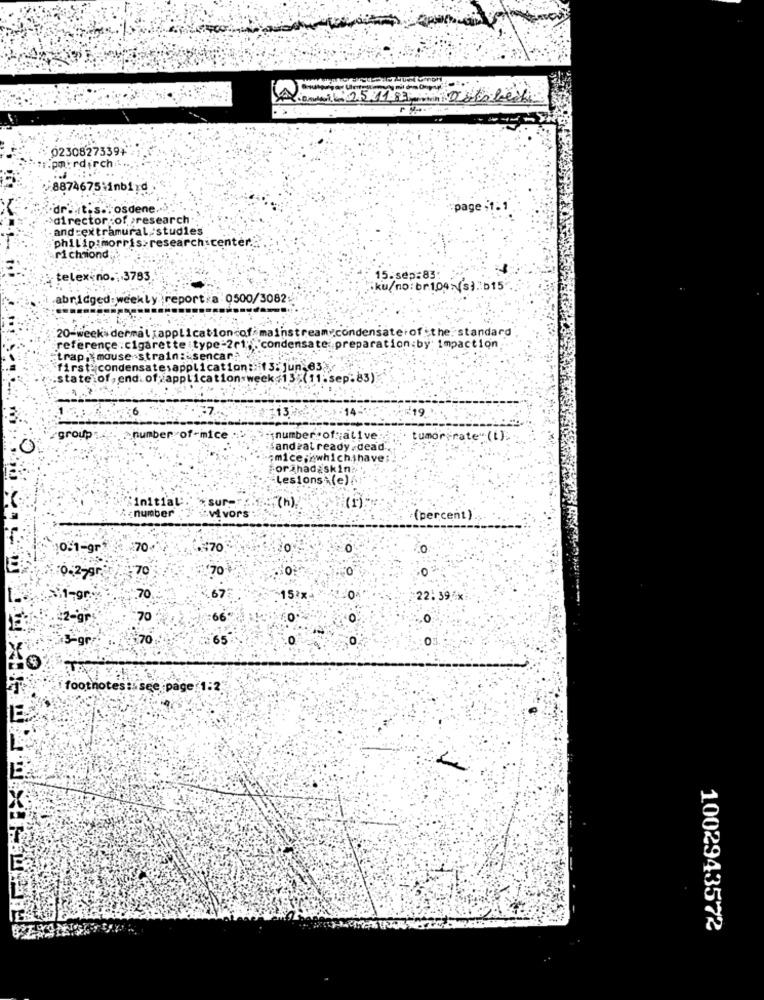
0230827339+
.pmirdirch
8874675:imbird
r .. t.s. ; osdene ..
page ;1. 1
:director :of. >research.
and extramural studies
philip morris>research center.
richmond;
telex-no .: 3783
15-sep:83
ku/no: br1047(s). 015
abridged: weekly report. a.0500/3082
20-week dermal ;applicationcof mainstream condensate.of the. standard
reference : cigarette type =2r1" , condensate: preparation.by impaction
trap, mouse strain: sencara 7:
first: condensatesapplication :: 13: jun.63;
.state of, end. of application week 135(11.sep:83)
13
group'
number of-mice :
number of;alive:
tumorFrate"(L).
0
fandeat ready.dead
;mice;which have;
orghadaskin?
Lesions (e)
Initial
sur-
number
.Vivors
(h)
(percent)
10-1-gr
70
€+¥70
O
3
70
70
:0
,0
0-2-gr
11-gr
.70
15ªx
22:391
2-gr
70
.0
:70
265
0
0
3-gr
footnotes:a see page 1:2
1002943572